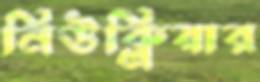
নিউক্লিয়ার